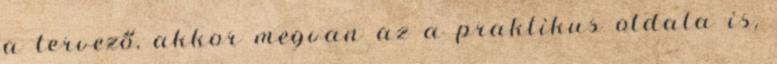
a tervező, akkor megvan az a praktikus oldala is,